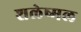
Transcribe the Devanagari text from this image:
शलेष्मल